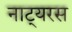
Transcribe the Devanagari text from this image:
नाट्यरस